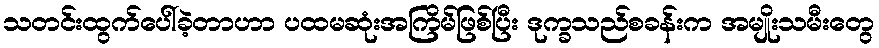
သတင်းထွက်ပေါ်ခဲ့တာဟာ ပထမဆုံးအကြိမ်ဖြစ်ပြီး ဒုက္ခသည်စခန်းက အမျိုးသမီးတွေ